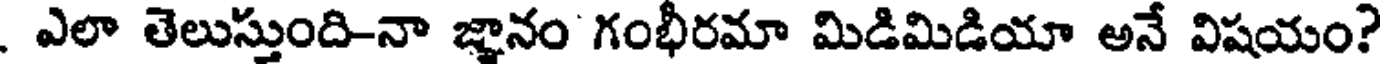
. ఎలా తెలుస్తుంది-నా జ్ఞానం గంభీరమా మిడిమిడియా అనే విషయం?